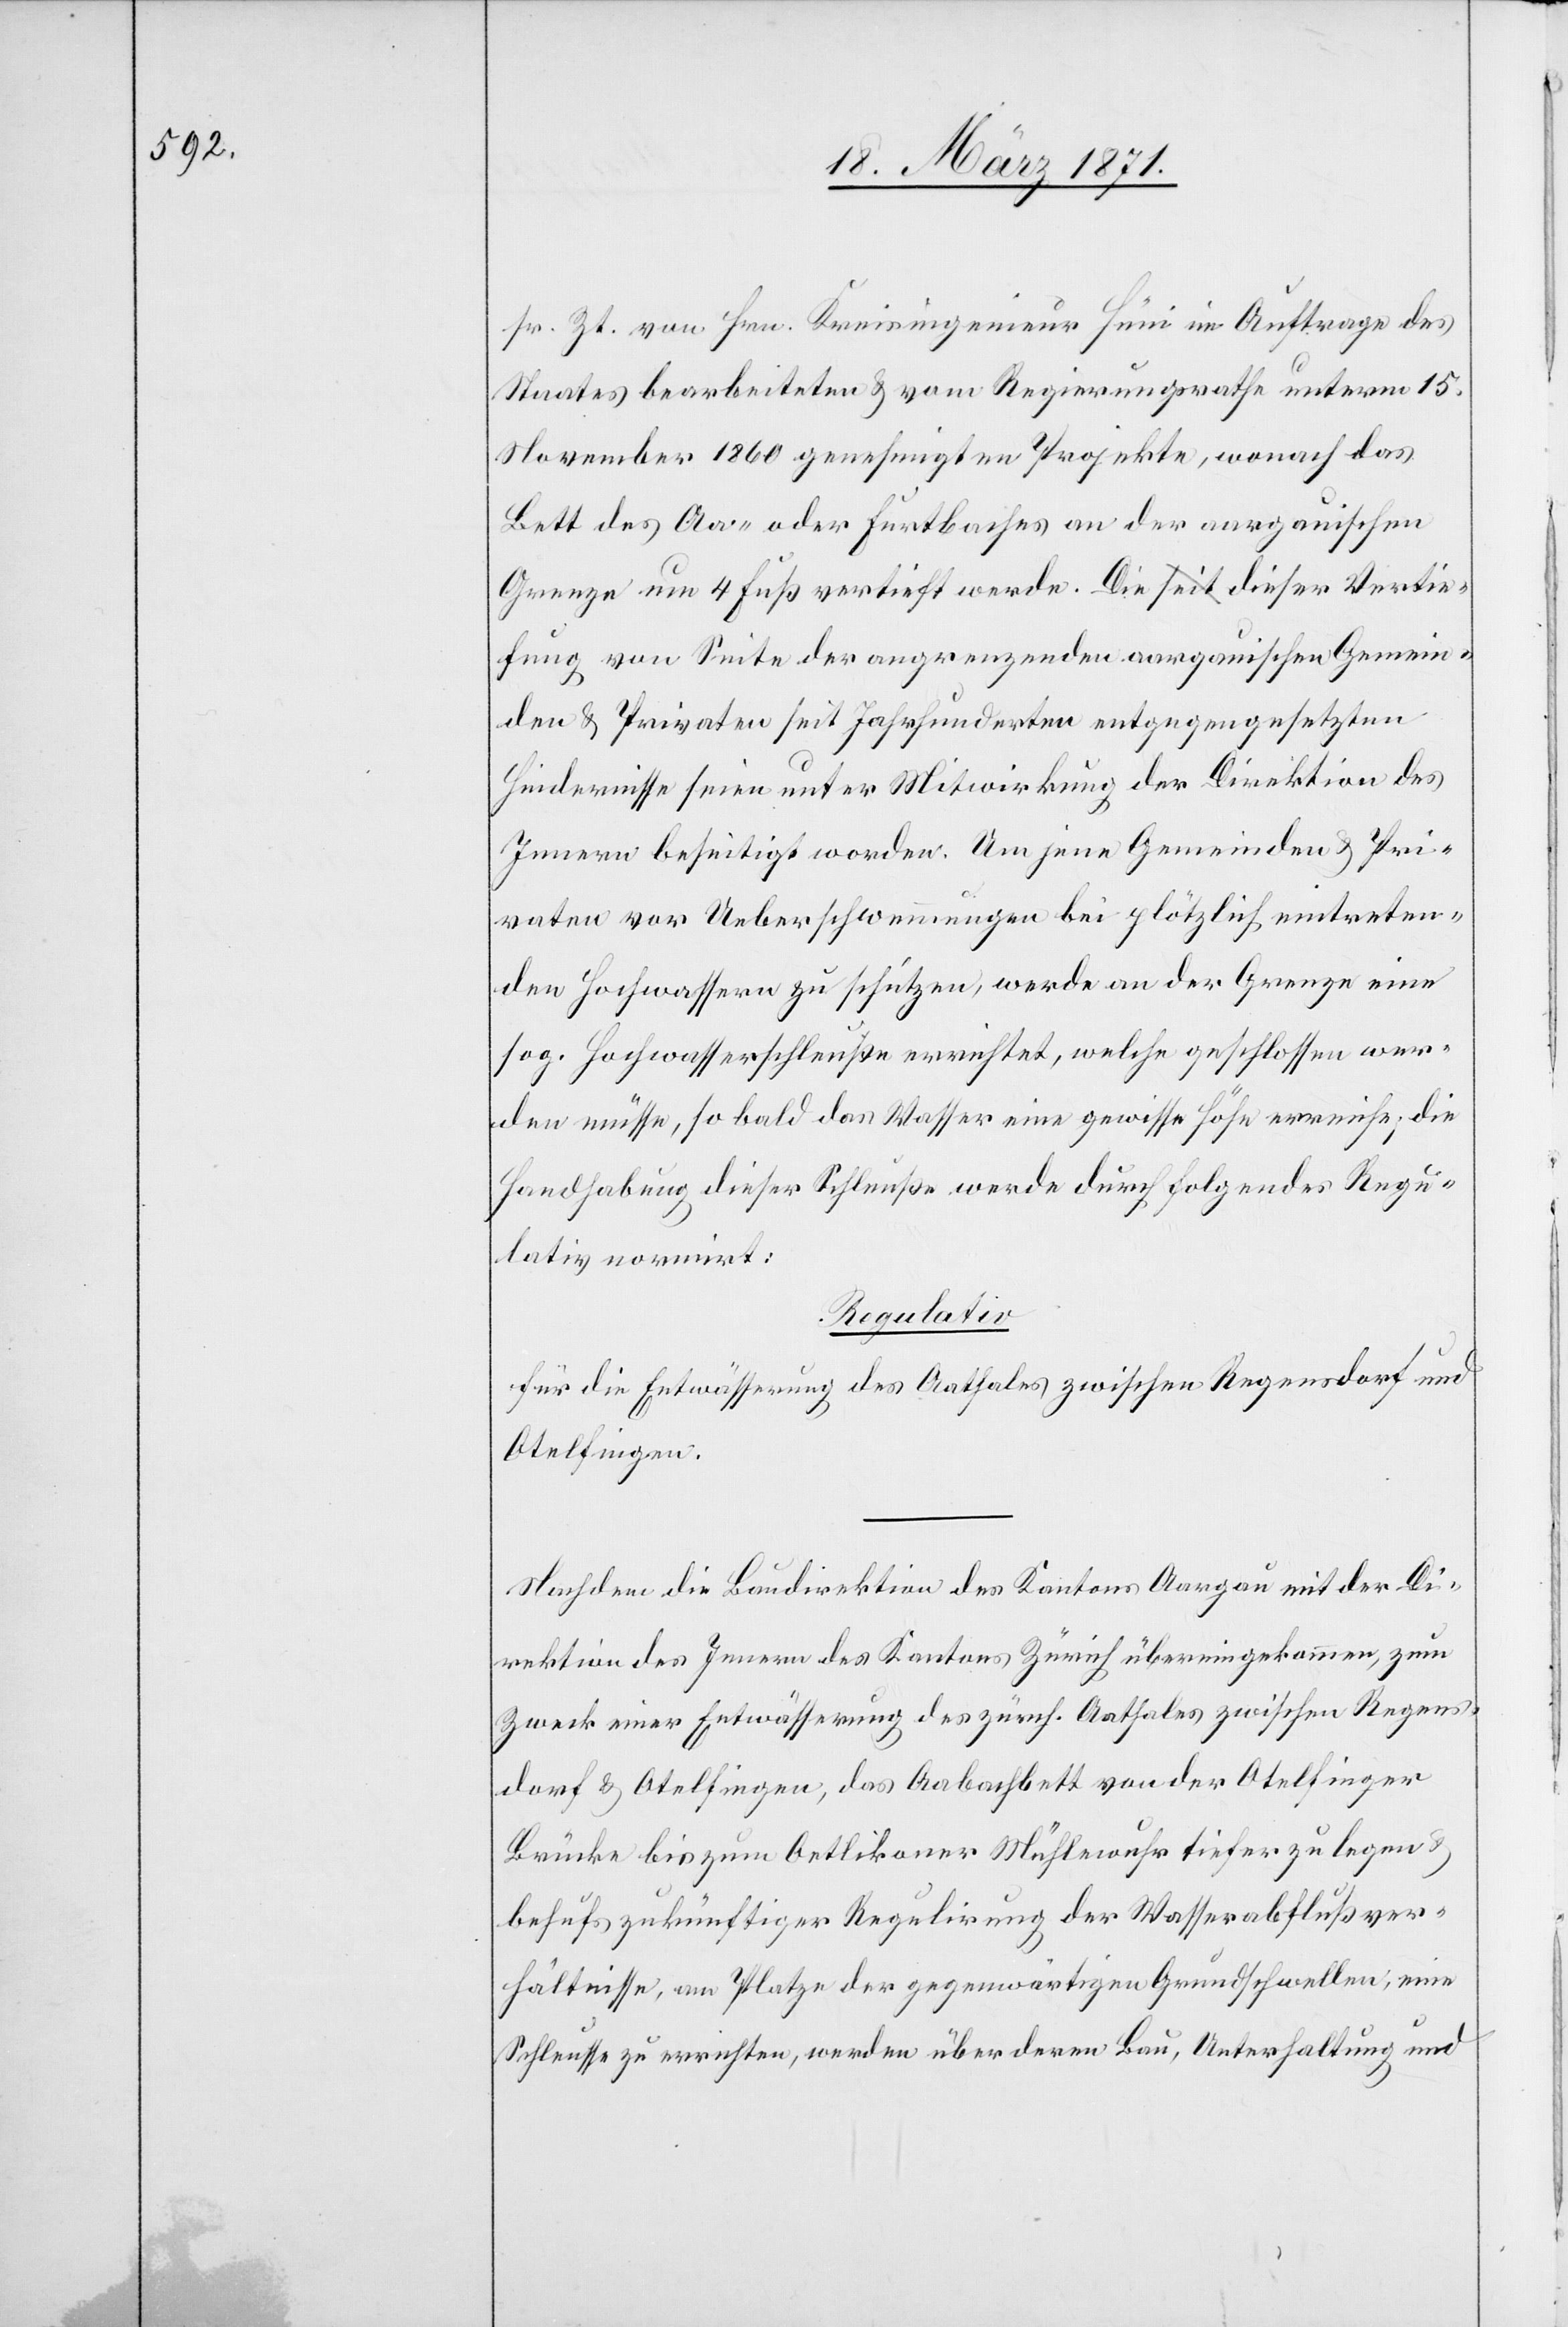
sr. Zt. von Hrn. Kreisingenieur Hüni im Auftrage des
Staates bearbeiteten u. vom Regierungsrathe unterm 15.
November 1860 genehmigten Projekte, wonach das
Bett des Aa- oder Furtbaches an der aargauischen
Grenze um 4 Fuß vertieft werde. Die seit dieser Vertie¬
fung von Seite der angrenzenden aargauischen Gemein¬
den u. Privaten seit Jahrhunderten entgegengesetzten
Hindernisse seien unter Mitwirkung der Direktion des
Innern beseitigt worden. Um jene Gemeinden u. Pri¬
vaten vor Ueberschwemmungen bei plötzlich eintreten¬
den Hochwassern zu schützen, werde an der Grenze eine
sog. Hochwasserschleuße errichtet, welche geschlossen wer¬
den müsse, so bald das Wasser eine gewisse Höhe erreiche, die
Handhabung dieser Schleuße werde durch folgendes Regu¬
lativ normirt:
Regulativ
Für die Entwässerung des Aathales zwischen Regensdorf und
__________
Nachdem die Baudirektion des Kantons Aargau mit der Di¬
rektion des Innern des Kantons Zürich übereingekommen, zum
Zweck einer Entwässerung des zürch. Aathales zwischen Regens¬
dorf u. Otelfingen, das Aabachbett von der Otelfinger
Brücke bis zum Oetlikoner Mühlewuhr tiefer zu legen u.
behufs zukünftiger Regulirung der Wasserabflußver¬
hältnisse, am Platze der gegenwärtigen Grundschwellen, eine
Schleusse zu errichten, werden über deren Bau, Unterhaltung und